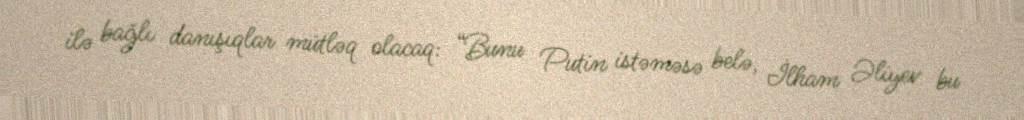
ilə bağlı danışıqlar mütləq olacaq: “Bunu Putin istəməsə belə, İlham Əliyev bu